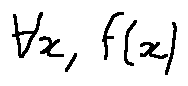
\forall x , f ( x )